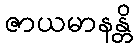
ဇာယမာနန္တိ